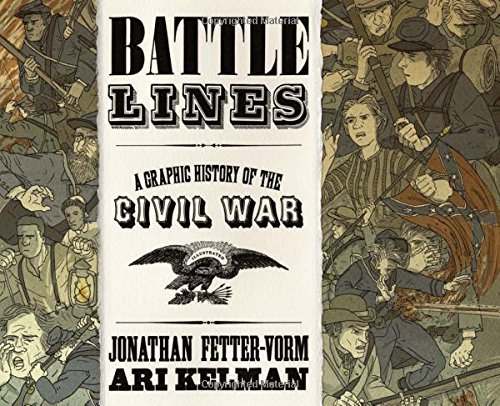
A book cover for Battle Lines: A Graphic History of the Civil War; Jonathan Fetter-Vorm; Comics & Graphic Novels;